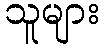
သူများ